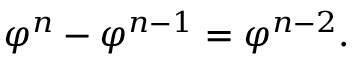
\! \ \varphi ^ { n } - \varphi ^ { n - 1 } = \varphi ^ { n - 2 } .